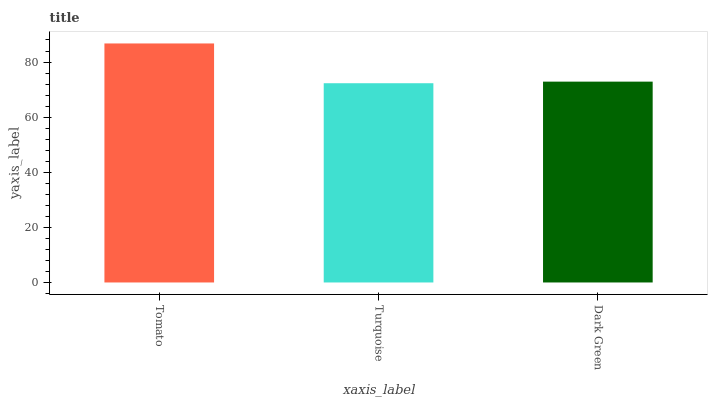
| xaxis_label | bars |
 | --- | --- |
 | Tomato | 86.7 |
 | Turquoise | 72.3 |
 | Dark Green | 72.9 |